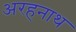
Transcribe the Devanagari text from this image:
अरहनाथ